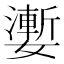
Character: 嬱